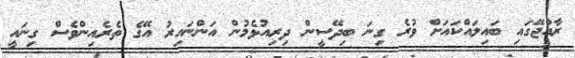
ރާއްޖޭގައި ބައިލައްކައަށް ވުރެ ގިނަ ބިދޭސީން ދިރިއުޅެމުން އަންނައިރު އޭގެ ތެރެއިންވެސް ގިނައީ